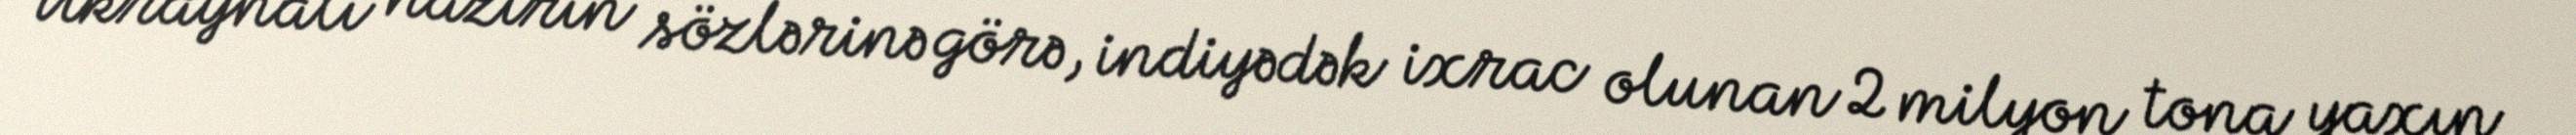
Ukraynalı nazirin sözlərinə görə, indiyədək ixrac olunan 2 milyon tona yaxın